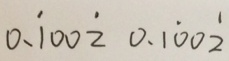
0 . \dot { 1 } 0 0 \dot { 2 } 0 . 1 \dot { 0 } 0 \dot { 2 }